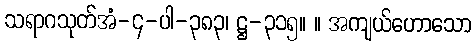
သရာဂသုတ်အံ-၄-ပါ-၃၈၃၊ ဋ္ဌ-၃၁၅။ ။ အကျယ်ဟောသော